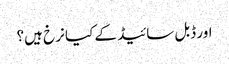
اور ڈبل سائیڈ کے کیا نرخ ہیں؟